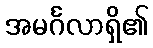
အမင်္ဂလာရှိ၏